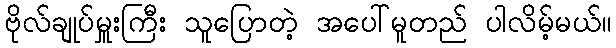
ဗိုလ်ချုပ်မှူးကြီး သူပြောတဲ့ အပေါ်မူတည် ပါလိမ့်မယ်။